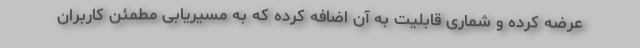
عرضه کرده و شماری قابلیت به آن اضافه کرده که به مسیریابی مطمئن کاربران